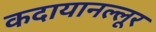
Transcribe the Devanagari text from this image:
कदायानल्लूर